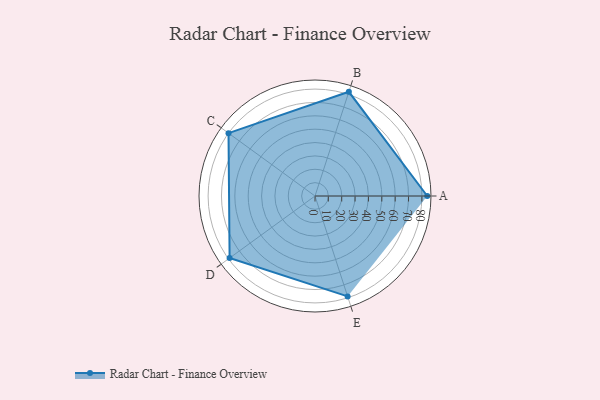
{"axis": {"x": "Skill", "y": "Score"}, "legend": ["Profile"], "data": [{"x": "A", "y": 84.0, "type": "Profile"}, {"x": "B", "y": 82.0, "type": "Profile"}, {"x": "C", "y": 80.0, "type": "Profile"}, {"x": "D", "y": 79.0, "type": "Profile"}, {"x": "E", "y": 79.0, "type": "Profile"}]}